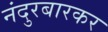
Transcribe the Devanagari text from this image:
नंदुरबारकर